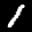
Label: 1